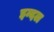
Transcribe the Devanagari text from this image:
इन्दल